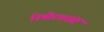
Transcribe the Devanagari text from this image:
रिमोटतरंगों